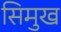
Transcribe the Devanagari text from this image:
सिमुख